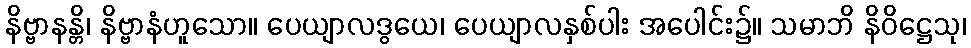
နိဗ္ဗာနန္တိ၊ နိဗ္ဗာနံဟူသော။ ပေယျာလဒွယေ၊ ပေယျာလနှစ်ပါး အပေါင်း၌။ သမာဘိ နိဝိဋ္ဌေသု၊